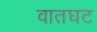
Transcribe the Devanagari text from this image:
वातघट